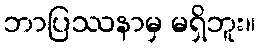
ဘာပြဿနာမှ မရှိဘူး။